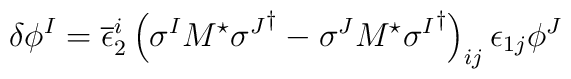
\delta \phi^{I} = \overline{\epsilon}_{2}^{i} \left(\sigma^{I} M^{\star}{\sigma^{J}}^{\dagger} - \sigma^{J} M^{\star}{\sigma^{I}}^{\dagger}\right)_{ij} \epsilon_{1 j} \phi^{J}